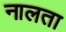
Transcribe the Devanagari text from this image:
नालता